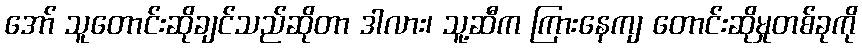
အော် သူတောင်းဆိုချင်သည်ဆိုတာ ဒါလား၊ သူ့ဆီက ကြားနေကျ တောင်းဆိုမှုတစ်ခုကို